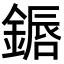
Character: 𬫷